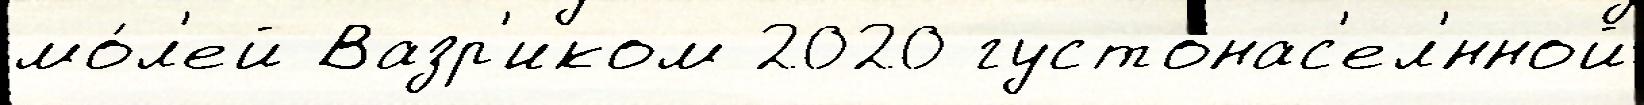
мо́л'ей Вазр'иком 2020 густонас'ел'́нной